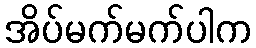
အိပ်မက်မက်ပါက